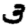
Digit: 3